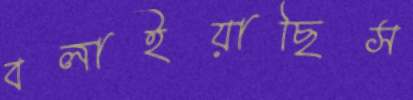
বলাইয়াছিস